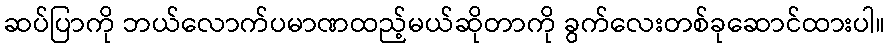
ဆပ်ပြာကို ဘယ်လောက်ပမာဏထည့်မယ်ဆိုတာကို ခွက်လေးတစ်ခုဆောင်ထားပါ။